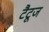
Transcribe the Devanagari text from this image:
टैटूज